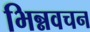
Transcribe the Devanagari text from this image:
भिन्नवचन